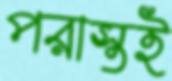
পরাস্তই